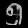
Digit: ၅